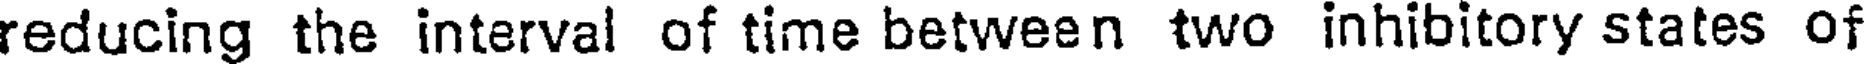
reducing the interval of time between two inhibitory states of